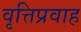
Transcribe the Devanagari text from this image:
वृत्तिप्रवाह